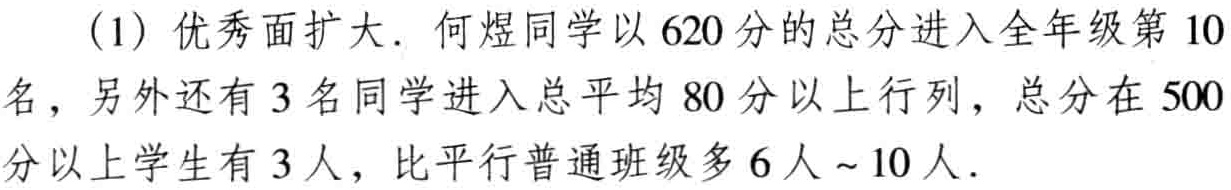
（1）优秀面扩大．何煜同学以 620 分的总分进入全年级第 10 名，另外还有 3 名同学进入总平均 80 分以上行列，总分在 500 分以上学生有 3 人，比平行普通班级多 6 人～10 人．